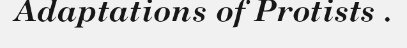
Adaptations of Protists .